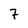
Character: 7